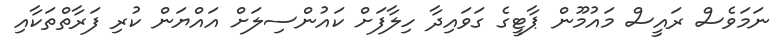
ނަމަވެސް ރައީސް މައުމޫން ޕާޓީގެ ގަވައިދާ ހިލާފަށް ކައުންސިލަށް އައްޔަން ކުރި ފަރާތްތަކާއި